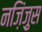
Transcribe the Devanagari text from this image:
नज़िंज़ुस